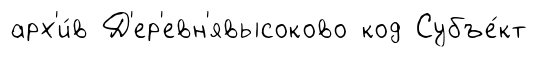
арх'и́в Д'ер'евн'явысоково код Субъе́кт